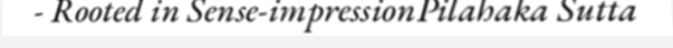
- Rooted in Sense-impressionPilahaka Sutta